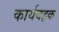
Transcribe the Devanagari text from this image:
कार्यवहक